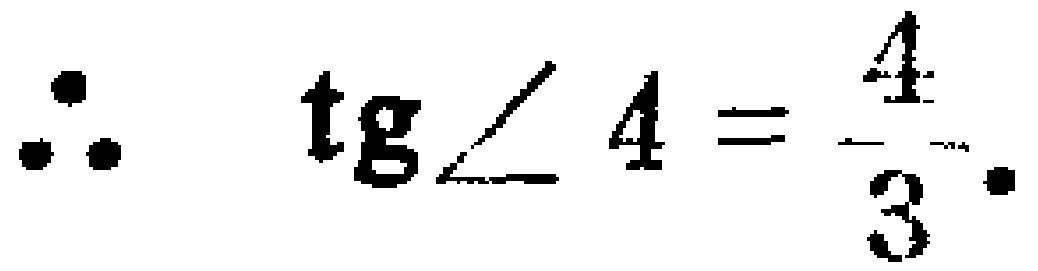
\(\therefore \quad \mathrm{tg} \angle 4=\frac{4}{3} \cdot\)